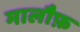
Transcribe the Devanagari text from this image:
मालौफ़